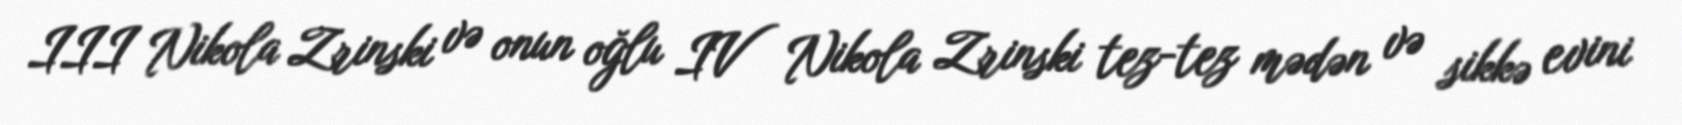
III Nikola Zrinski və onun oğlu IV Nikola Zrinski tez-tez mədən və sikkə evini